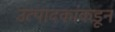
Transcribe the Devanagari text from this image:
उत्पादकांकडून